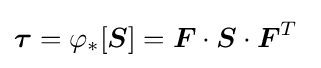
{\boldsymbol {\tau }}=\varphi _{*}[{\boldsymbol {S}}]={\boldsymbol {F}}\cdot {\boldsymbol {S}}\cdot {\boldsymbol {F}}^{T}~